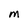
Character: M